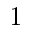
1